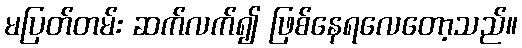
မပြတ်တမ်း ဆက်လက်၍ ဖြစ်နေရလေတော့သည်။